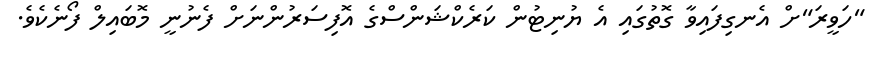
"ހަވީރަ"ށް އެނގިފައިވާ ގޮތުގައި އެ ޔުނިޓުން ކަރެކްޝަންސްގެ އޮފިސަރުންނަށް ފެނުނީ މޮބައިލް ފޯނެކެވެ.